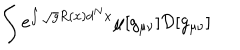
\int e ^ { \int \sqrt { g } R ( x ) d ^ { N } x } \mu [ g _ { \mu \nu } ] { \cal D } [ g _ { \mu \nu } ]